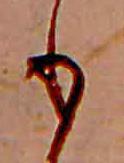
も